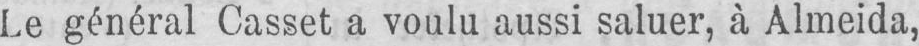
Le général Casset a voulu aussi saluer, à Almeida,